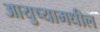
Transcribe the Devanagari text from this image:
आयुष्यामधील